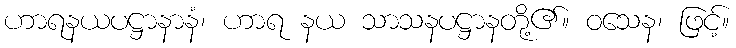
ဟာရနယပဋ္ဌာနာနံ၊ ဟာရ နယ သာသနပဋ္ဌာနတို့၏။ ဝသေန၊ ဖြင့်။